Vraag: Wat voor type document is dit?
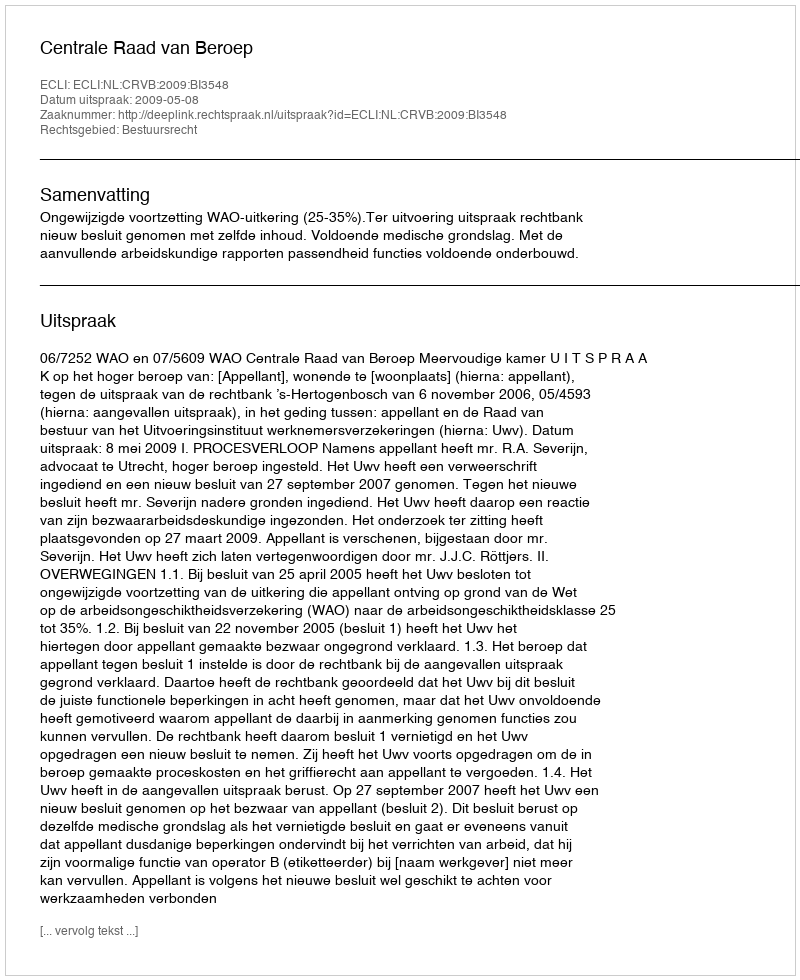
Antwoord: Uitspraak